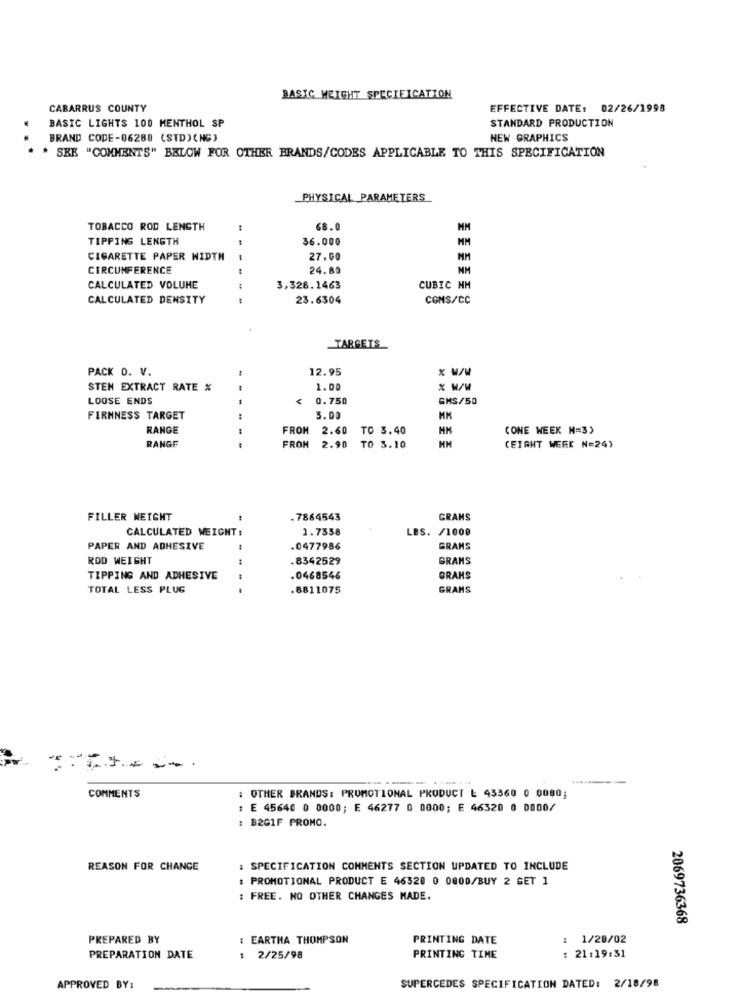
BASIC WEIGHT SPECIFICATION
CABARRUS COUNTY
EFFECTIVE DATE: 02/26/1998
STANDARD PRODUCTION
BASIC LIGHTS 100 MENTHOL SP
BRAND CODE-06288 (STD) (NG)
NEW GRAPHICS
* SEE "COMMENTS" BELOW FOR OTHER BRANDS/CODES APPLICABLE TO THIS SPECIFICATION
PHYSICAL PARAMETERS
TOBACCO ROD LENGTH
68.0
MM
TIPPING LENGTH
36.000
MM
CIGARETTE PAPER WIDTH
27.00
MM
CIRCUMFERENCE
24.80
NM
CALCULATED VOLUME
:
3,328.1463
CUBIC NM
CALCULATED DENSITY
23.6304
COMS/CC
TARGETS
PACK O. V.
12.95
STEN EXTRACT RATE %
1.00
LOOSE ENDS
0.750
GMS/50
FIRMNESS TARGET
5.00
RANGE
FROM
2.60
TO 3.40
(ONE WEEK N=3)
HM
RANGE
FROM
2.90
TO 3.10
(EIGHT WEEK N=24)
FILLER WEIGHT
.7864543
GRANS
CALCULATED WEIGHT :
1.7358
LBS. /1000
PAPER AND ADHESIVE
.0477986
GRANS
ROD WEIGHT
.8342529
GRAMS
TIPPING AND ADHESIVE
.0468546
GRAHS
TOTAL LESS PLUG
---
.8811075
GRANS
COMMENTS
: OTHER BRANDS: PROMOTIONAL PRODUCT L 45360 0 0000;
: E 45640 0 0000; E 46277 0 0000; E 46320 0 0000/
: B2GIF PROMO.
REASON FOR CHANGE
: SPECIFICATION COMMENTS SECTION UPDATED TO INCLUDE
: PROMOTIONAL PRODUCT E 46320 0 0800/BUY 2 GET 1
: FREE. NO OTHER CHANGES MADE.
2069736368
PREPARED BY
: EARTHA THOMPSON
PRINTING DATE
: 1/28/02
PREPARATION DATE
1 2/25/98
PRINTING TIME
: 21:19:31
APPROVED BY:
SUPERCEDES SPECIFICATION DATED: 2/18/98